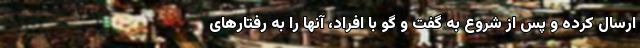
ارسال کرده و پس از شروع به گفت و گو با افراد، آنها را به رفتارهای